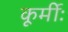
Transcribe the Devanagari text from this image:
कूर्मीः